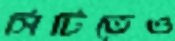
সিটিতেও